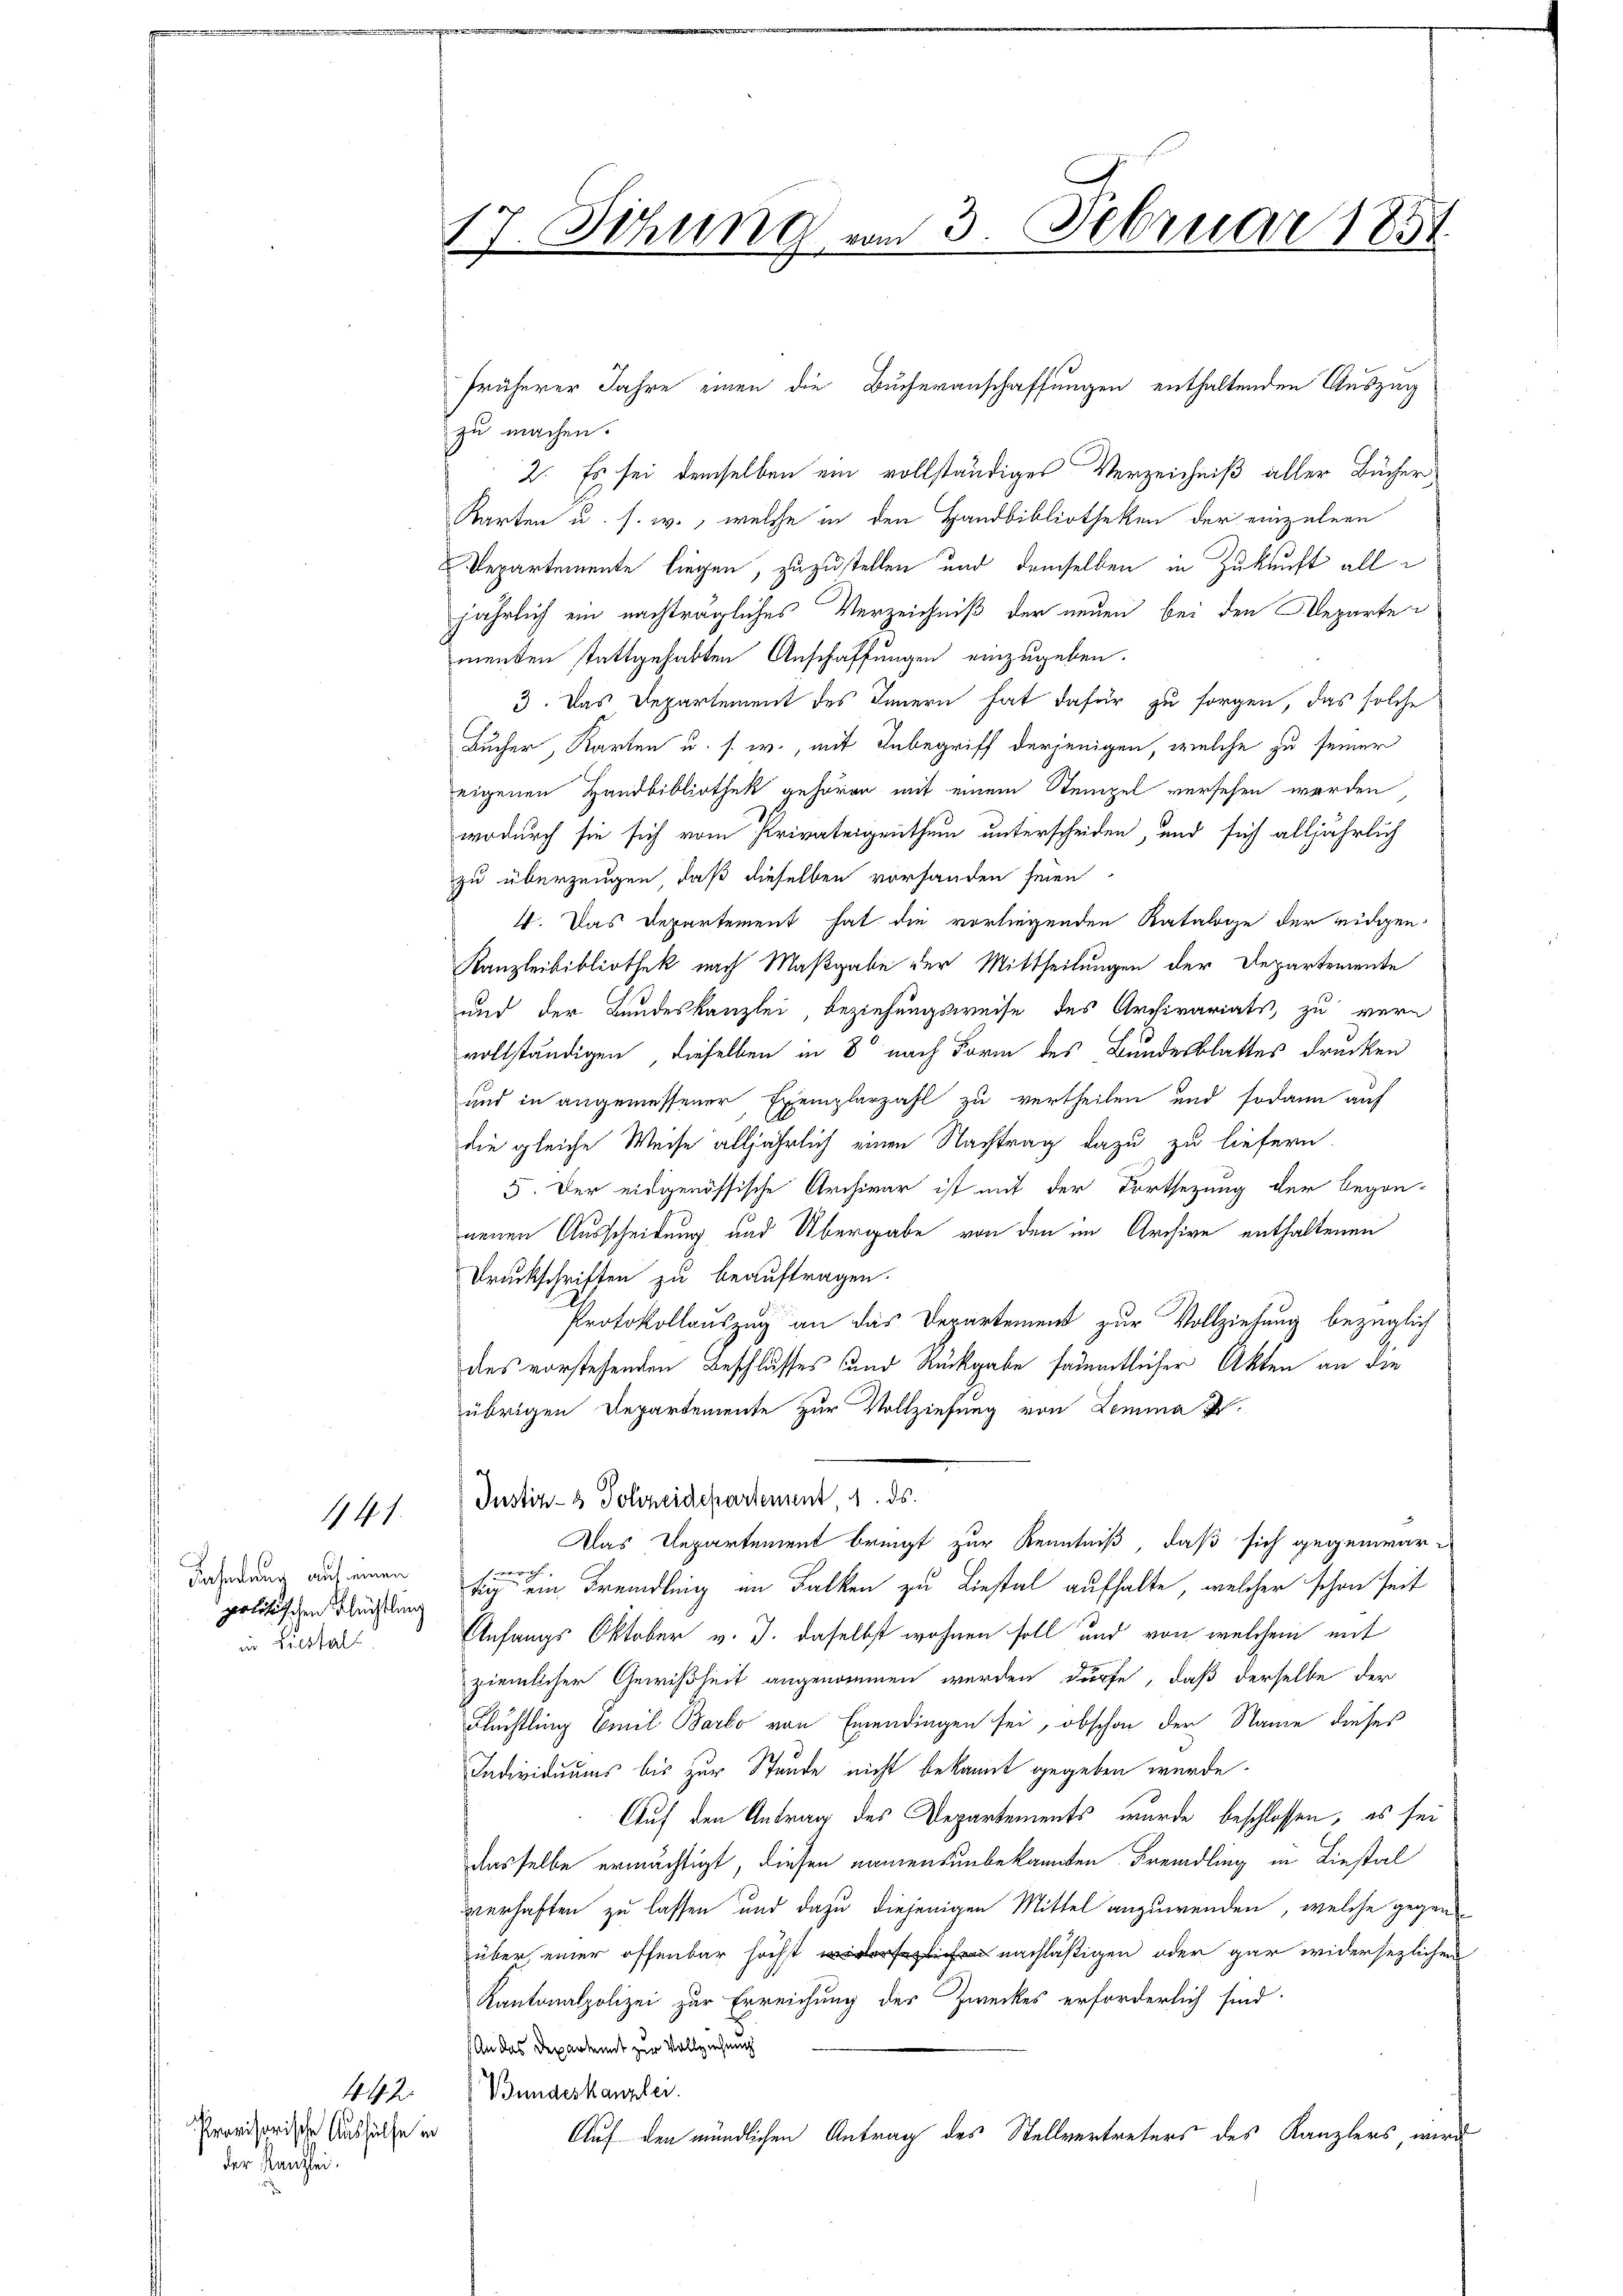
141.

Fahndung auf einen
politischen Flüchtlung
in Liestal

Provisorische Aushülfe in
der Kanzlei.

17. Sitzung vom 3. Februar 1851

zu machen.
2. Es sei demselben ein vollständiges Verzeichniß aller Bücher
Karten u. s. w., welche in den Handbibliotheken der einzelnen
Departemente liegen, zuzustellen und demselben in Zukunft alle
jährlich ein nachträgliches Verzeichniß der neuen bei den Departe
menten stattgehabten Anschaffungen einzugeben.
3. Das Departement des Innern hat dafür zu sorgen, das solche
Bucher, Karten u. s. w., mit Inbegriff derjenigen, welche zu seiner
eigenen Handbibliothek gehören mit einem Stempel versehen werden
wodurch sie sich vom Privateigenthum unterscheiden, und sich alljährlich
zu überzeugen, daß dieselben vorhanden seien,
4. Das Departement hat die vorliegenden Rataloge der eidgen.
Kanzleibibliothek nach Maßgabe der Mittheilungen der Departemente
und der Bundeskanzlei, beziehungsweise des Archivariats zu vern
vollständigen dieselben in 8 nach Form des Bundesblattes drucken
und in angemessener Exemplarzahl zu vertheilen und sodann auf
die gleiche Weise alljährlich einen Nachtrag dazu zu liefern.
5. Der eidgenössische Archivar ist mit der Fortsetzung der begon-
neuen Ausscheidung und Übergabe von den im Archive enthaltenen
Druckschriften zu beauftragen.
Protokollauszug an das Departement zur Vollziehung bezüglich
des vorstehenden Beschlusses und Rückgabe sämmtlicher Akten an die
übrigen Departemente zur Vollziehung von Lemma ist.
Instiz- & Polizeidepartement, 1. ds.
Das Departement bringt zur Kenntniß, daß sich gegenwäre
tig ein Fremdling im Falken zu Liestal aufhalte, welcher schon seit
Anfangs Oktober v. J. daselbst wohnen soll und von welchem mit
ziemlicher Gewißheit angenommen werden dürfe, daß derselbe der
Flüchtling Emil Barlo von Einendingen sei, obschon der Name dieses
Individuums bis zur Stunde nicht bekannt gegeben wurde.
Auf den Antrag des Departements wurde beschlossen, es sei
dasselbe ermächtigt, diesen namens unbekannten Fremdling in Liestal
verhaften zu lassen und dazu diejenigen Mittel anzuwenden, welche gegen
über einer offenbar höchst nachläßigen oder gar widersezlichen
Kantonalpolizei zur Erreichung des Zweckes erforderlich sind
 An das Deparkannt zur Vollziehung
442. Bundeskanzler.
Auf den mündlichen Antrag des Stellvertreters des Kanzlers, wird

früherer Jahre einen die Bucheranschaffungen enthaltenden Auszug